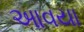
આવયા